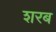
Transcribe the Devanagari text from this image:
शरब